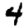
Digit: 4